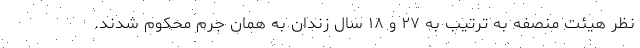
نظر هیئت منصفه به ترتیب به ۲۷ و ۱۸ سال زندان به همان جرم محکوم شدند.